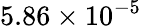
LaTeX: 5.86\times 10^{-5}